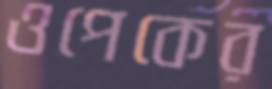
ওপেকের